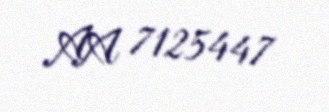
AA 7125447